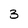
Character: 3